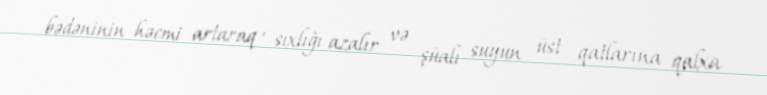
bədəninin həcmi artaraq , sıxlığı azalır və şüalı suyun üst qatlarına qalxa